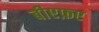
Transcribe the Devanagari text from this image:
बीएफ़ए